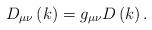
LaTeX: \begin{align*}D_{\mu \nu }\left( k\right) =g_{\mu \nu }D\left( k\right) . \end{align*}